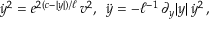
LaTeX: \dot { y } ^ { 2 } = e ^ { 2 ( c - | y | ) / \ell } \, v ^ { 2 } , \, \, \, \ddot { y } = - \ell ^ { - 1 } \, \partial _ { y } | y | \, \dot { y } ^ { 2 } \, ,